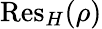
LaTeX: {\mathrm{Res}}_{H}(\rho)